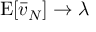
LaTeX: \operatorname { E } [ { \bar { v } } _ { N } ] \to \lambda